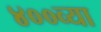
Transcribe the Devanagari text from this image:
४००व्या